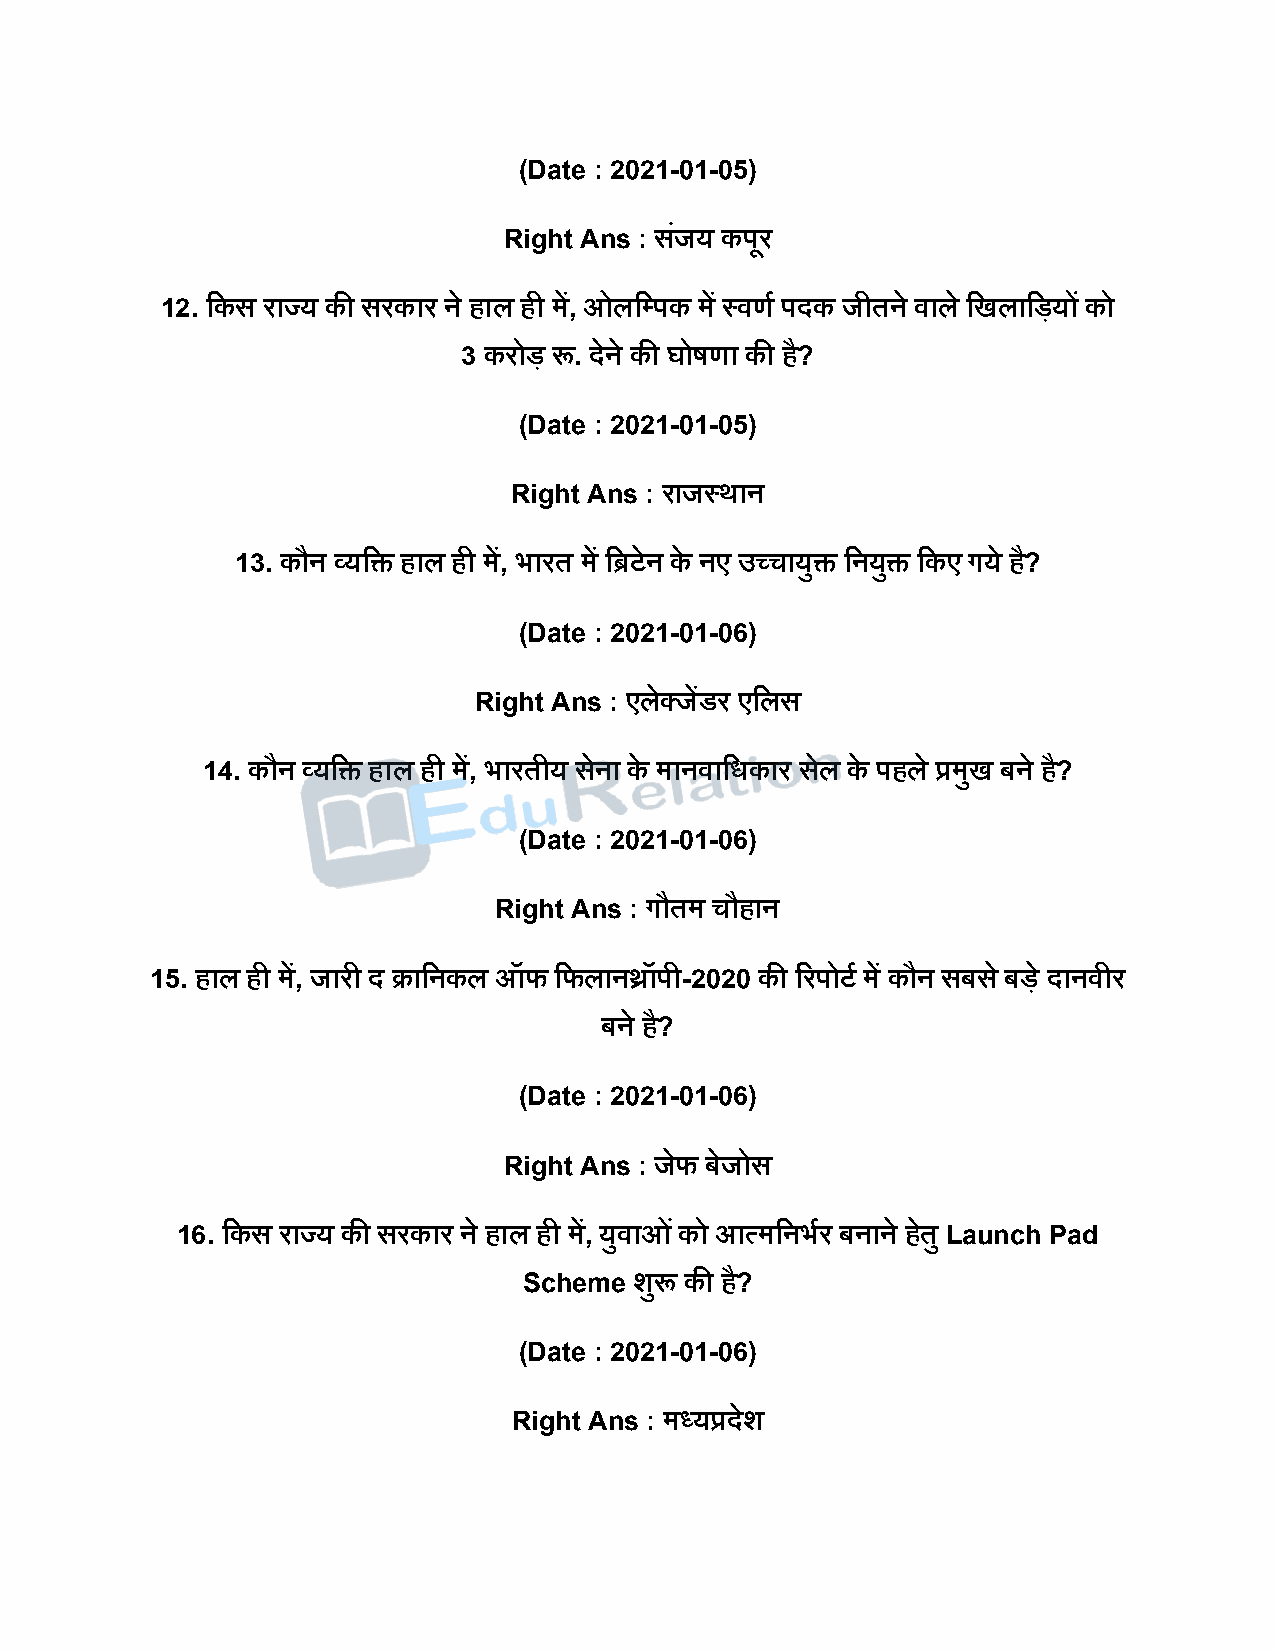
(Date : 2021-01-05)
 Right Ans : सजं य किूर
 12. दकस राज्य की सरकार ने हाल ही में, ओलदपिक में स्वणष ििक जीतने वाले दखलादियों को
 3 करोि रू. िेने की घोर्णा की ह?ै
 (Date : 2021-01-05)
 Right Ans : राजस्थान
 13. कौन व्यदि हाल ही में, भारत में दिटेन के नए उच्चायुि दनयुि दकए गये ह?ै
 (Date : 2021-01-06)
 Right Ans : एलेक्जेंडर एदलस
 14. कौन व्यदि हाल ही में, भारतीय सने ा के मानवादधकार सले के िहले प्रमुख बने है?
 (Date : 2021-01-06)
 Right Ans : गौतम चौहान
 15. हाल ही में, जारी ि क्रादनकल ऑफ दफलानथ्रॉिी-2020 की ररिोटष में कौन सबस े बिे िानवीर
 बने है?
 (Date : 2021-01-06)
 Right Ans : जेफ बेजोस
 16. दकस राज्य की सरकार ने हाल ही में, युवाओ ंको आत्मदनभषर बनाने हते ु Launch Pad
 Scheme शुरू की है?
 (Date : 2021-01-06)
 Right Ans : मध्यप्रिेश